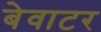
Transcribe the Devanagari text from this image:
बेवाटर